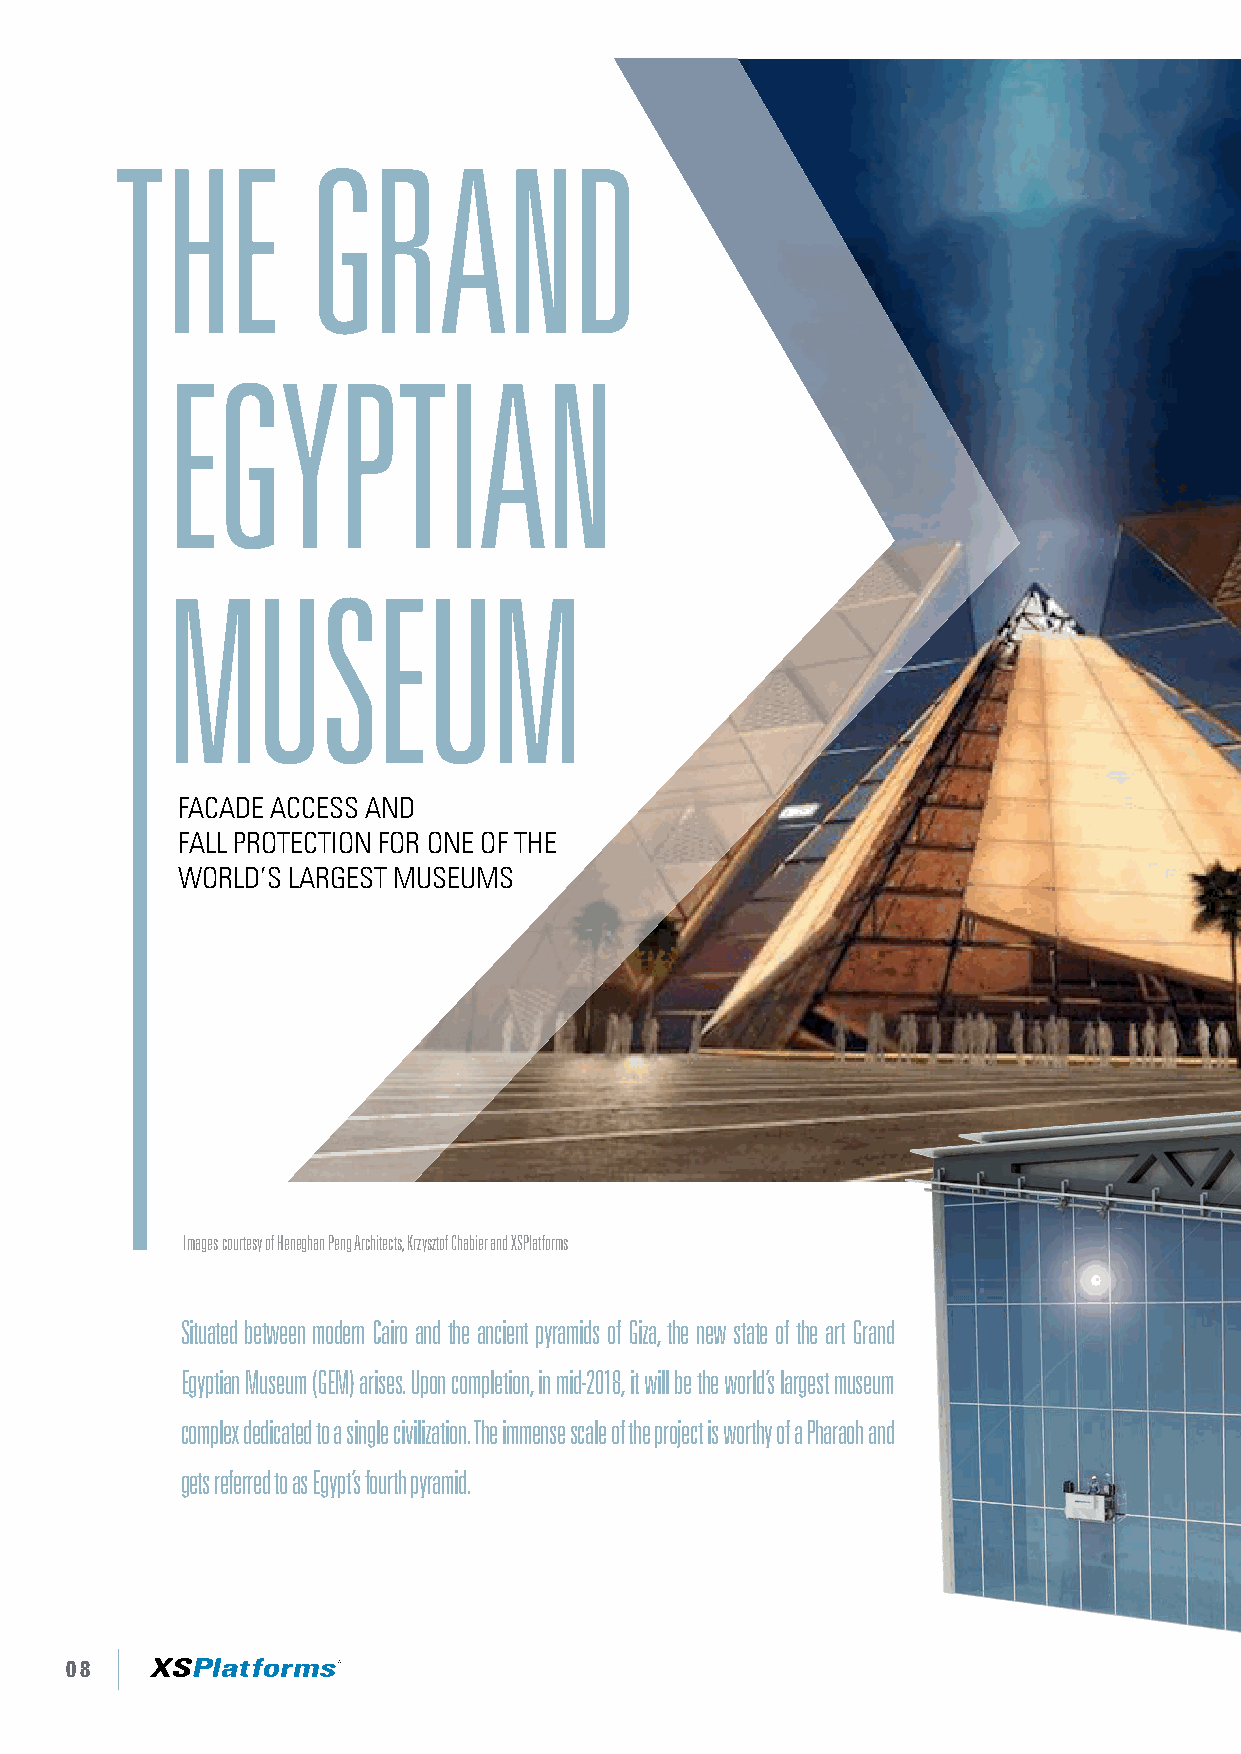
FACADE      ACCESS      AND
 FALL   PROTECTION         FOR   ONE    OF
 THE   WORLD’S       LARGEST       MUSEUMS
 THE          GRAND
 EGYPTIAN
 MUSEUM
 FACADE ACCESS AND
 FALL PROTECTION FOR ONE OF THE
 WORLD’S LARGEST MUSEUMS
 Images courtesy of Heneghan Peng Architects, Krzysztof Chabier and XSPlatforms
 Situated between modern Cairo and the ancient pyramids of Giza, the new state of the art Grand
 Egyptian Museum (GEM) arises. Upon completion, in mid-2018, it will be the world’s largest museum
 complex dedicated to a single civilization. The immense scale of the project is worthy of a Pharaoh and
 gets referred to as Egypt’s fourth pyramid.
 08